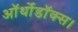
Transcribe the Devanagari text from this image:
ऑर्थोडॉक्स।